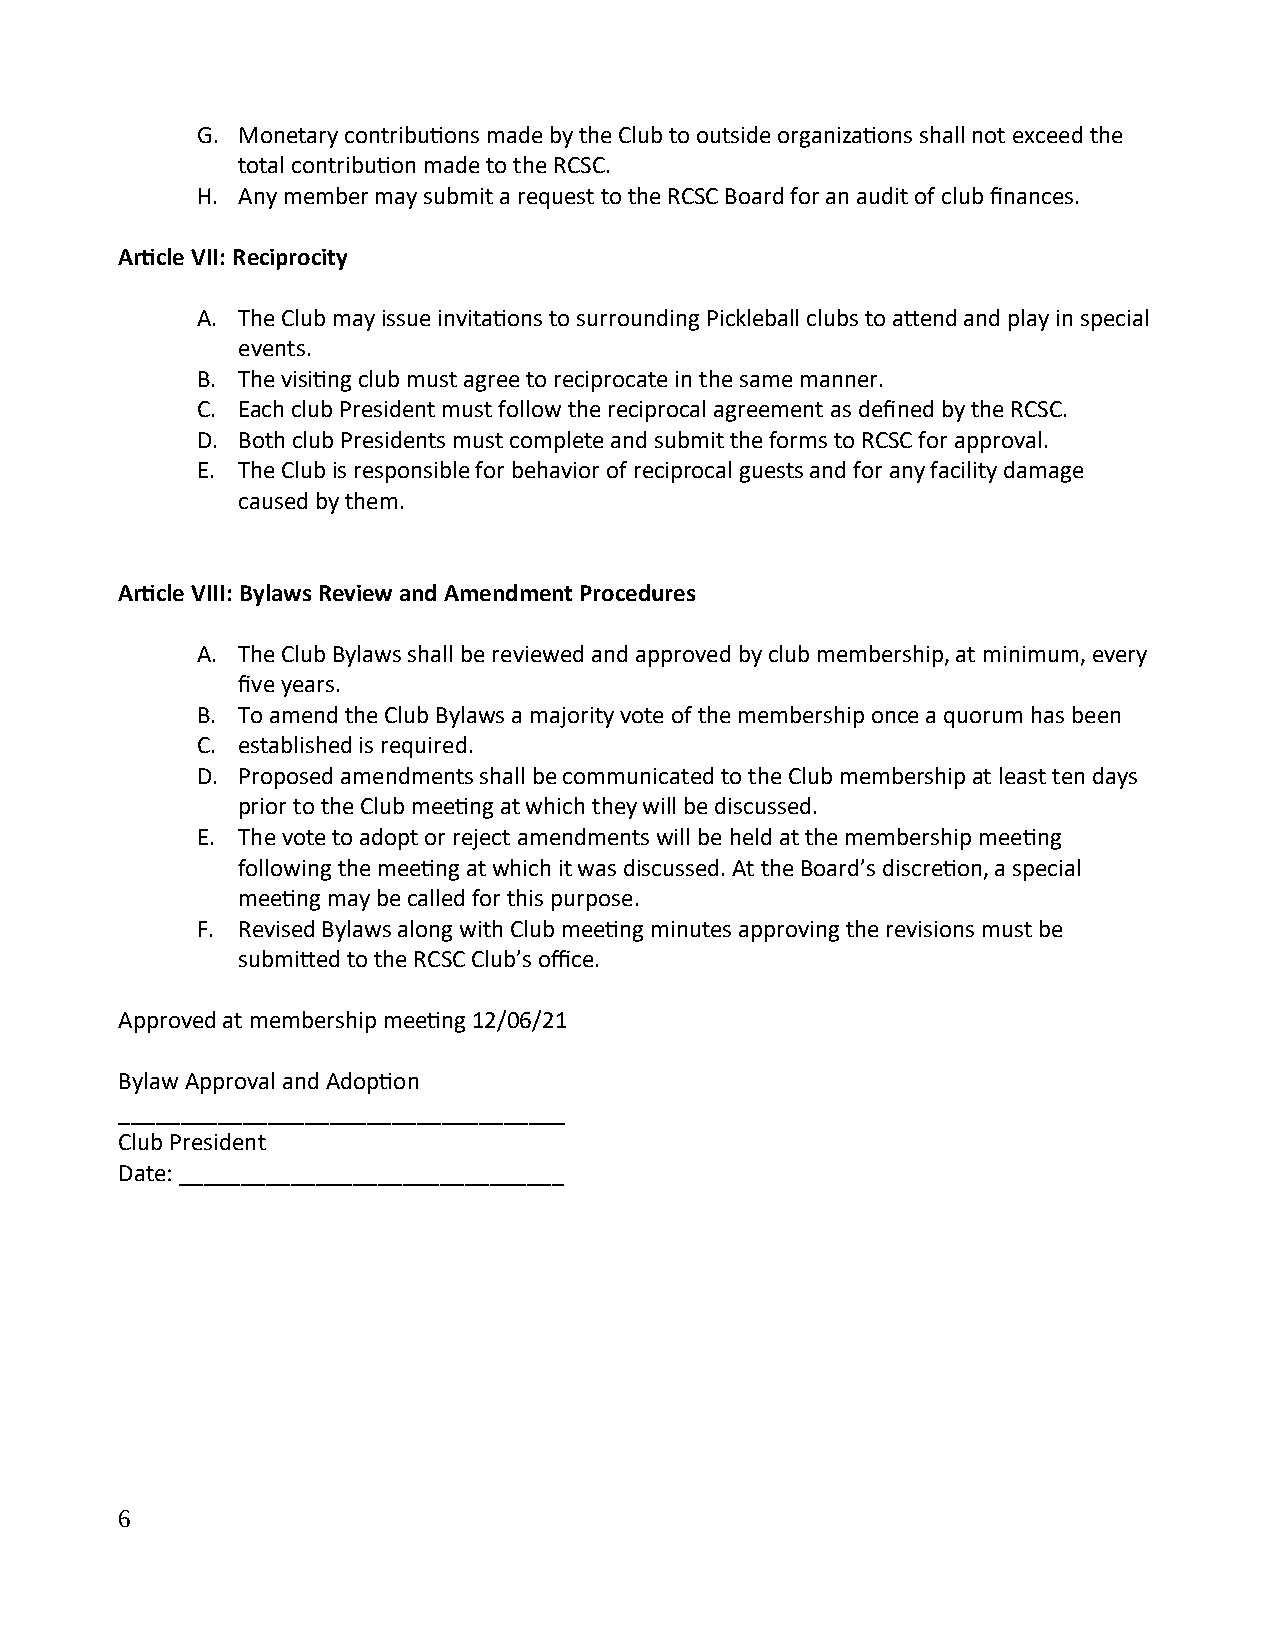
G. Monetary contributions made by the Club to outside organizations shall not exceed the
 total contribution made to the RCSC.
 H. Any member may submit a request to the RCSC Board for an audit of club finances.
 Article VII: Reciprocity
 A. The Club may issue invitations to surrounding Pickleball clubs to attend and play in special
 events.
 B. The visiting club must agree to reciprocate in the same manner.
 C. Each club President must follow the reciprocal agreement as defined by the RCSC.
 D. Both club Presidents must complete and submit the forms to RCSC for approval.
 E. The Club is responsible for behavior of reciprocal guests and for any facility damage
 caused by them.
 Article VIII: Bylaws Review and Amendment Procedures
 A. The Club Bylaws shall be reviewed and approved by club membership, at minimum, every
 five years.
 B. To amend the Club Bylaws a majority vote of the membership once a quorum has been
 C. established is required.
 D. Proposed amendments shall be communicated to the Club membership at least ten days
 prior to the Club meeting at which they will be discussed.
 E. The vote to adopt or reject amendments will be held at the membership meeting
 following the meeting at which it was discussed. At the Board’s discretion, a special
 meeting may be called for this purpose.
 F. Revised Bylaws along with Club meeting minutes approving the revisions must be
 submitted to the RCSC Club’s office.
 Approved at membership meeting 12/06/21
 Bylaw Approval and Adoption
 ____________________________________
 Club President
 Date: _______________________________
 6